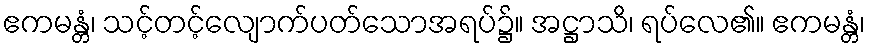
ဧကမန္တံ၊ သင့်တင့်လျောက်ပတ်သောအရပ်၌။ အဋ္ဌာသိ၊ ရပ်လေ၏။ ဧကမန္တံ၊